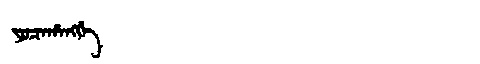
Manchu: ᠶᠣᠴᠠᡥᠠᠩᡤᡝ
Romanization: YOCAHANGGE